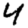
Digit: 4